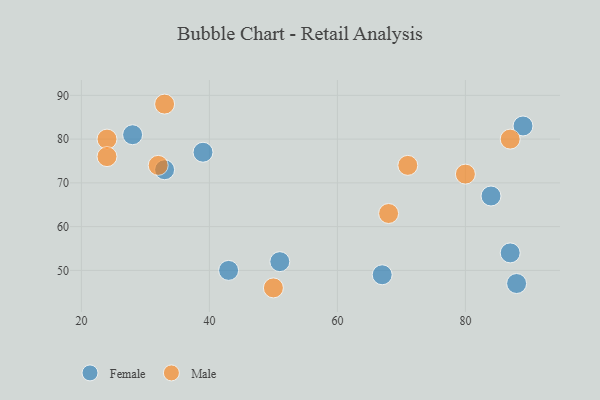
{"axis": {"x": "GDP", "y": "Life Expectancy"}, "legend": ["Female", "Male"], "data": [{"x": "87", "y": 54, "type": "Female"}, {"x": "28", "y": 81, "type": "Female"}, {"x": "39", "y": 77, "type": "Female"}, {"x": "43", "y": 50, "type": "Female"}, {"x": "84", "y": 67, "type": "Female"}, {"x": "67", "y": 49, "type": "Female"}, {"x": "88", "y": 47, "type": "Female"}, {"x": "33", "y": 73, "type": "Female"}, {"x": "51", "y": 52, "type": "Female"}, {"x": "89", "y": 83, "type": "Female"}, {"x": "87", "y": 80, "type": "Male"}, {"x": "24", "y": 80, "type": "Male"}, {"x": "33", "y": 88, "type": "Male"}, {"x": "24", "y": 76, "type": "Male"}, {"x": "50", "y": 46, "type": "Male"}, {"x": "80", "y": 72, "type": "Male"}, {"x": "71", "y": 74, "type": "Male"}, {"x": "32", "y": 74, "type": "Male"}, {"x": "68", "y": 63, "type": "Male"}]}